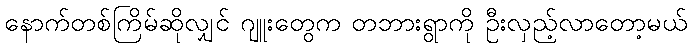
နောက်တစ်ကြိမ်ဆိုလျှင် ဂျူးတွေက တဘားရွာကို ဦးလှည့်လာတော့မယ်